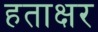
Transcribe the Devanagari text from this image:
हताक्षर